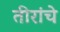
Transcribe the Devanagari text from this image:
तीरांचे